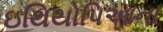
ઇથિયોપિઆના